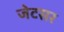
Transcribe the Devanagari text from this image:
जेटसर